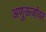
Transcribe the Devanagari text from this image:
अणुऊर्जावर